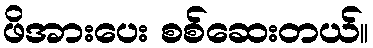
ဖိအားပေး စစ်ဆေးတယ်။